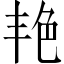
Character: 艳